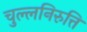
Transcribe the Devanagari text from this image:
चुल्लनिरुत्ति